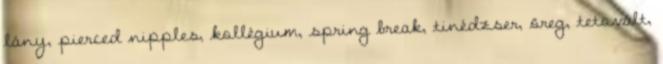
lány, pierced nipples, kollégium, spring break, tinédzser, öreg, tetovált,